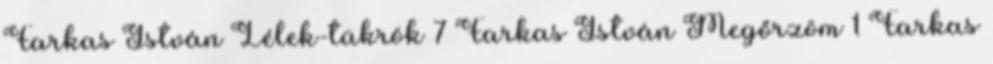
Farkas István Lélek-tükrök 7 Farkas István Megőrzöm 1 Farkas